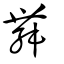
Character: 舞